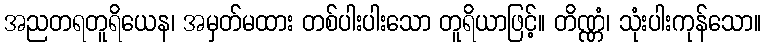
အညတရတူရိယေန၊ အမှတ်မထား တစ်ပါးပါးသော တူရိယာဖြင့်။ တိဏ္ဏံ၊ သုံးပါးကုန်သော။